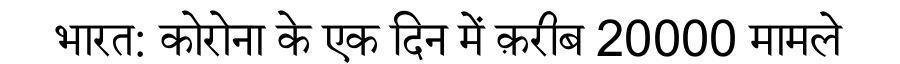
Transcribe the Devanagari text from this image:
भारत: कोरोना के एक दिन में क़रीब 20000 मामले